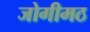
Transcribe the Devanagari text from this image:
जोगीमठ